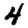
Digit: 4